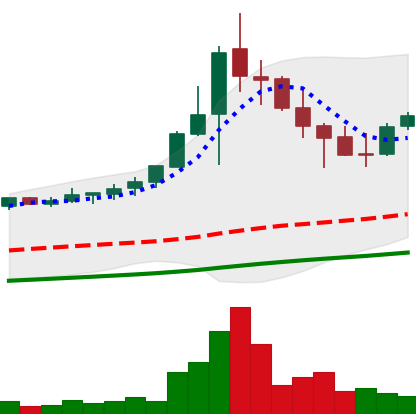
Ticker: NEO-USD
Chart end date: 2021-04-27
Forward return: 13.141%
Label: up_7plus